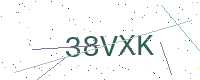
Text: 38VXK